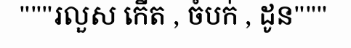
"""រលួស កើត , ចំបក់ , ដូន"""